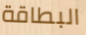
البطاقة